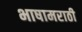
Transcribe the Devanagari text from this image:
भाषामराठी